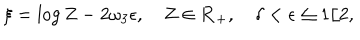
\xi = \log Z - 2 \omega _ { 3 } \epsilon , \quad Z \in { \bf R } _ { + } , \quad \delta < \epsilon \leq 1 / 2 ,